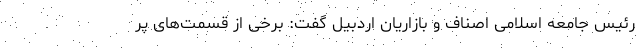
رئیس جامعه اسلامی اصناف و بازاریان اردبیل گفت: برخی از قسمت‌های پر